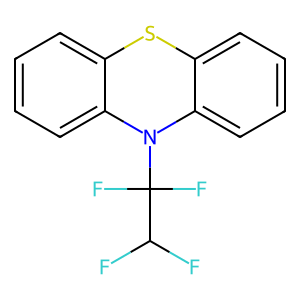
SMILES: FC(F)C(F)(F)N1c2ccccc2Sc2ccccc21
Inhibits HIV replication: No